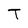
Character: T